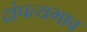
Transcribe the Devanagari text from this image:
दांपत्यभाव